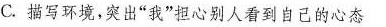
C.描写环境，突出”我”担心别人看到自己的心态